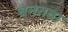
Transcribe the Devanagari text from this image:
बनतवा